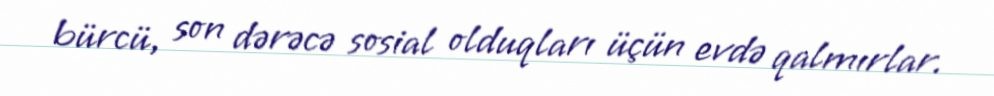
bürcü, son dərəcə sosial olduqları üçün evdə qalmırlar.